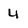
Character: 4